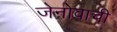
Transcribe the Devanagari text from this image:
जेनोवाची